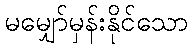
မမျှော်မှန်းနိုင်သော